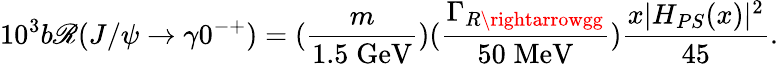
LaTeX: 10^{3}b\mathscr{R}(J/\psi\rightarrow\gamma0^{-+})=(\frac{{m}}{{1.5\; \mathrm{{GeV}}}})(\frac{{\Gamma_{R\rightarrowgg}}}{{50\; \mathrm{{MeV}}}})\frac{{x|H_{PS}(x)|^{2}}}{{45}}.